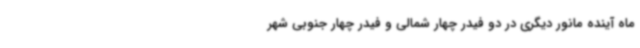
ماه آینده مانور دیگری در دو فیدر چهار شمالی و فیدر چهار جنوبی شهر